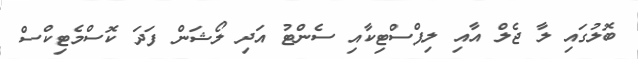
ބޮލުގައި ލާ ޖެލް އާއި ލިޕްސްޓިކާއި ސެންޓު އަދި ލޯޝަން ފަދަ ކޮސްމެޓިކްސް